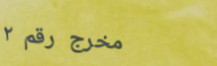
مخرج رقم ٢